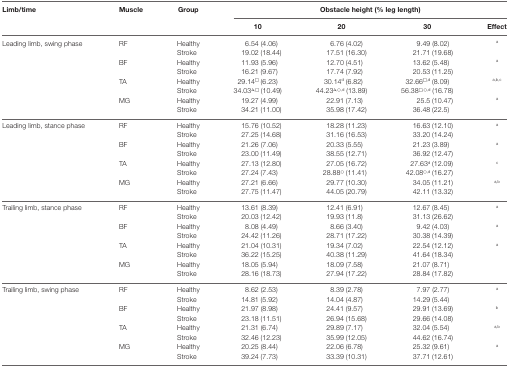
<table><thead><tr><td><b>Limb/time</b></td><td><b>Muscle</b></td><td><b>Group</b></td><td colspan="4"><b>Obstacle height (% leg length)</b></td></tr><tr><td></td><td></td><td></td><td><b>10</b></td><td><b>20</b></td><td><b>30</b></td><td><b>Effect</b></td></tr></thead><tbody><tr><td rowspan="8">Leading limb, swing phase</td><td>RF</td><td>Healthy</td><td>6.54 (4.06)</td><td>6.76 (4.02)</td><td>9.49 (8.02)</td><td><sup>a</sup></td></tr><tr><td></td><td>Stroke</td><td>19.02 (18.44)</td><td>17.51 (16.30)</td><td>21.71 (19.68)</td><td></td></tr><tr><td>BF</td><td>Healthy</td><td>11.93 (5.96)</td><td>12.70 (4.51)</td><td>13.62 (5.48)</td><td><sup>a</sup></td></tr><tr><td></td><td>Stroke</td><td>16.21 (9.67)</td><td>17.74 (7.92)</td><td>20.53 (11.25)</td><td></td></tr><tr><td>TA</td><td>Healthy</td><td>29.14<sup>□</sup> (6.23)</td><td>30.14<sup>d</sup> (6.82)</td><td>32.66<sup>□,d</sup> (8.09)</td><td><sup>a,b,c</sup></td></tr><tr><td></td><td>Stroke</td><td>34.03<sup>Δ,□</sup> (10.49)</td><td>44.23<sup>Δ,○,d</sup> (13.89)</td><td>56.38<sup>□,○,d</sup> (16.78)</td><td></td></tr><tr><td>MG</td><td>Healthy</td><td>19.27 (4.99)</td><td>22.91 (7.13)</td><td>25.5 (10.47)</td><td><sup>a</sup></td></tr><tr><td></td><td>Stroke</td><td>34.21 (11.00)</td><td>35.98 (17.42)</td><td>36.48 (22.5)</td><td></td></tr><tr><td rowspan="8">Leading limb, stance phase</td><td>RF</td><td>Healthy</td><td>15.76 (10.52)</td><td>18.28 (11.23)</td><td>16.63 (12.10)</td><td><sup>a</sup></td></tr><tr><td></td><td>Stroke</td><td>27.25 (14.68)</td><td>31.16 (16.53)</td><td>33.20 (14.24)</td><td></td></tr><tr><td>BF</td><td>Healthy</td><td>21.26 (7.06)</td><td>20.33 (5.55)</td><td>21.23 (3.89)</td><td><sup>a</sup></td></tr><tr><td></td><td>Stroke</td><td>23.00 (11.49)</td><td>38.55 (12.71)</td><td>36.92 (12.47)</td><td></td></tr><tr><td>TA</td><td>Healthy</td><td>27.13 (12.80)</td><td>27.05 (16.72)</td><td>27.63<sup>d</sup> (12.09)</td><td><sup>c</sup></td></tr><tr><td></td><td>Stroke</td><td>27.24 (7.43)</td><td>28.88<sup>○</sup> (11.41)</td><td>42.08<sup>○,d</sup> (16.27)</td><td></td></tr><tr><td>MG</td><td>Healthy</td><td>27.21 (6.66)</td><td>29.77 (10.30)</td><td>34.05 (11.21)</td><td><sup>a,b</sup></td></tr><tr><td></td><td>Stroke</td><td>27.75 (11.47)</td><td>44.05 (20.79)</td><td>42.11 (13.32)</td><td></td></tr><tr><td rowspan="8">Trailing limb, stance phase</td><td>RF</td><td>Healthy</td><td>13.61 (8.39)</td><td>12.41 (6.91)</td><td>12.67 (8.45)</td><td><sup>a</sup></td></tr><tr><td></td><td>Stroke</td><td>20.03 (12.42)</td><td>19.93 (11.8)</td><td>31.13 (26.62)</td><td></td></tr><tr><td>BF</td><td>Healthy</td><td>8.08 (4.49)</td><td>8.66 (3.40)</td><td>9.42 (4.03)</td><td><sup>a</sup></td></tr><tr><td></td><td>Stroke</td><td>24.42 (11.26)</td><td>28.71 (17.22)</td><td>30.38 (14.39)</td><td></td></tr><tr><td>TA</td><td>Healthy</td><td>21.04 (10.31)</td><td>19.34 (7.02)</td><td>22.54 (12.12)</td><td><sup>a</sup></td></tr><tr><td></td><td>Stroke</td><td>36.22 (15.25)</td><td>40.38 (11.29)</td><td>41.64 (18.34)</td><td></td></tr><tr><td>MG</td><td>Healthy</td><td>18.05 (5.94)</td><td>18.09 (7.58)</td><td>21.07 (8.71)</td><td></td></tr><tr><td></td><td>Stroke</td><td>28.16 (18.73)</td><td>27.94 (17.22)</td><td>28.84 (17.82)</td><td></td></tr><tr><td rowspan="8">Trailing limb, swing phase</td><td>RF</td><td>Healthy</td><td>8.62 (2.53)</td><td>8.39 (2.78)</td><td>7.97 (2.77)</td><td><sup>a</sup></td></tr><tr><td></td><td>Stroke</td><td>14.81 (5.92)</td><td>14.04 (4.87)</td><td>14.29 (5.44)</td><td></td></tr><tr><td>BF</td><td>Healthy</td><td>21.97 (8.98)</td><td>24.41 (9.57)</td><td>29.91 (13.69)</td><td><sup>b</sup></td></tr><tr><td></td><td>Stroke</td><td>23.18 (11.51)</td><td>26.94 (15.68)</td><td>29.66 (14.08)</td><td></td></tr><tr><td>TA</td><td>Healthy</td><td>21.31 (6.74)</td><td>29.89 (7.17)</td><td>32.04 (5.54)</td><td><sup>a,b</sup></td></tr><tr><td></td><td>Stroke</td><td>32.46 (12.23)</td><td>35.99 (12.05)</td><td>44.62 (16.74)</td><td></td></tr><tr><td>MG</td><td>Healthy</td><td>20.25 (8.44)</td><td>22.06 (6.78)</td><td>25.32 (9.61)</td><td><sup>a</sup></td></tr><tr><td></td><td>Stroke</td><td>39.24 (7.73)</td><td>33.39 (10.31)</td><td>37.71 (12.61)</td><td></td></tr></tbody></table>